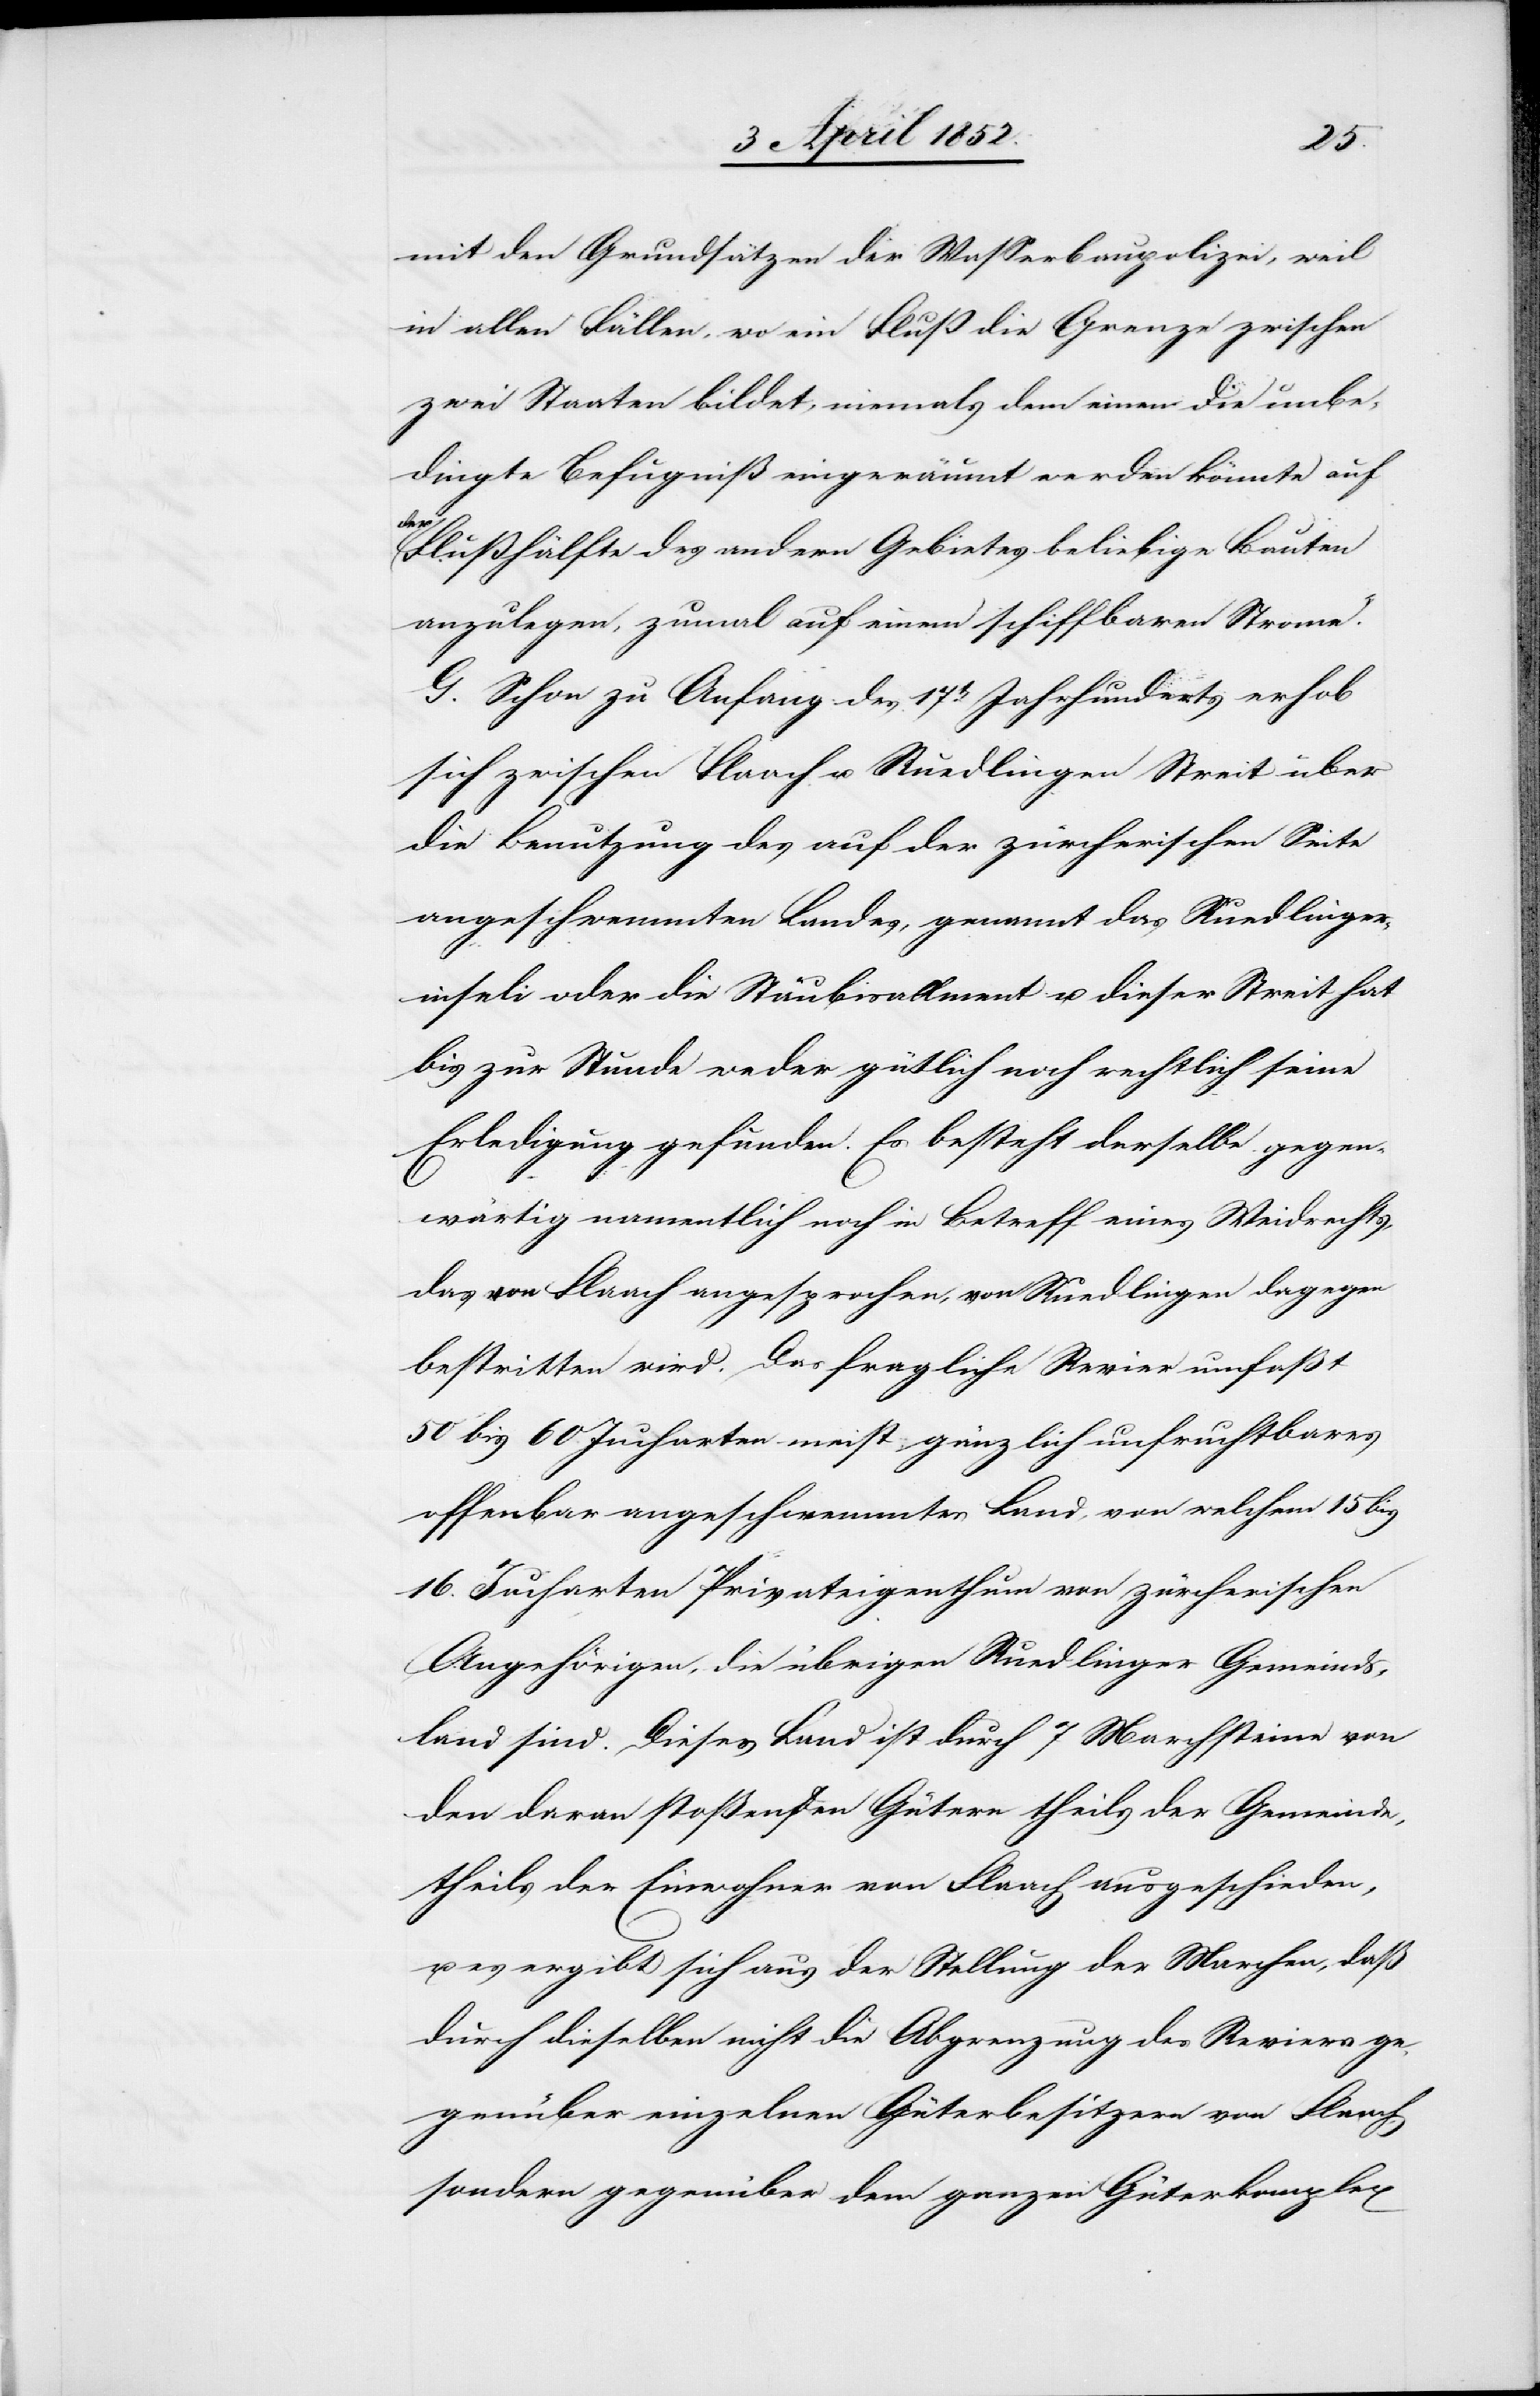
mit den Grundsätzen der Wasserbaupolizei, weil
in allen Fällen, wo ein Fluß die Grenze zwischen
zwei Staaten bildet, niemals dem einen die unbe¬
dingte Befugniß eingeräumt werden könnte auf
der
Flußhälfte des andern Gebietes beliebige Bauten
anzulegen, zumal auf einem schiffbaren Strome.“
G. Schon zu Anfang des 17t. Jahrhunderts erhob
sich zwischen Flaach u. Ruedlingen Streit über
die Benutzung des auf der zürcherischen Seite
angeschwemmten Landes, genannt das Ruedlinger¬
inseli oder die Stäubisallment u. dieser Streit hat
bis zur Stunde weder gütlich noch rechtlich seine
Erledigung gefunden. Es besteht derselbe gegen¬
wärtig namentlich noch in Betreff eines Weidrechts,
das von Flaach angesprochen, von Ruedlingen dagegen
bestritten wird. Das fragliche Revier umfaßt
50 bis 60. Jucharten meist gänzlich unfruchtbares
offenbar angeschwemmtes Land, von welchem 15 bis
16. Jucharten Privateigenthum von zürcherischen
Angehörigen, die übrigen Ruedlinger Gemeinds¬
land sind. Dieses Land ist durch 7 Marchsteine von
den daran stoßenden Gütern theils der Gemeinde,
theils der Einwohner von Flaach ausgeschieden,
es ergibt sich aus der Stellung der Marchen, daß
durch dieselben nicht die Abgrenzung des Reviers ge¬
genüber einzelnen Güterbesitzern von Flaach,
sondern gegenüber dem ganzen Güterkomplex